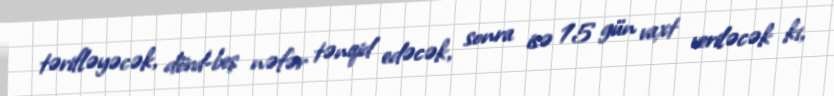
tərifləyəcək, dörd-beş nəfər tənqid edəcək, sonra isə 15 gün vaxt veriləcək ki,